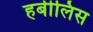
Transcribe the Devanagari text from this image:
हबीलिस